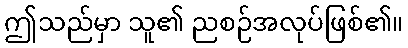
ဤသည်မှာ သူ၏ ညစဉ်အလုပ်ဖြစ်၏။